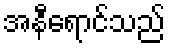
အနီရောင်သည်